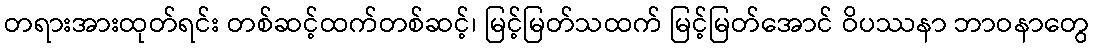
တရားအားထုတ်ရင်း တစ်ဆင့်ထက်တစ်ဆင့်၊ မြင့်မြတ်သထက် မြင့်မြတ်အောင် ဝိပဿနာ ဘာဝနာတွေ